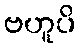
ဗဟူပိ